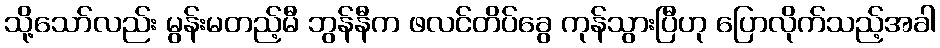
သို့သော်လည်း မွန်းမတည့်မီ ဘွန်နီက ဖလင်တိပ်ခွေ ကုန်သွားပြီဟု ပြောလိုက်သည့်အခါ